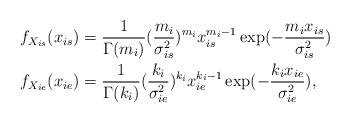
\begin{align*}&{f_{{X_{is}}}}({x_{is}}) = \frac{1}{{\Gamma ({m_i})}}{(\frac{{{m_i}}}{{\sigma _{is}^2}})^{{m_i}}}x_{is}^{{m_i} - 1}\exp ( - \frac{{{m_i}{x_{is}}}}{{\sigma _{is}^2}})\\&{f_{{X_{ie}}}}({x_{ie}}) = \frac{1}{{\Gamma ({k_i})}}{(\frac{{{k_i}}}{{\sigma _{ie}^2}})^{{k_i}}}x_{ie}^{{k_i} - 1}\exp ( - \frac{{{k_i}{x_{ie}}}}{{\sigma _{ie}^2}}),\end{align*}